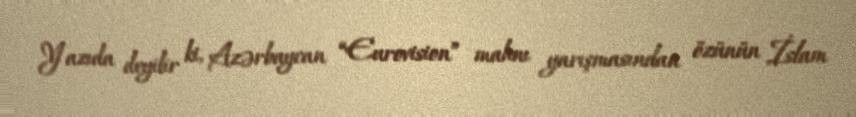
Yazıda deyilir ki, Azərbaycan “Eurovision” mahnı yarışmasından özünün İslam